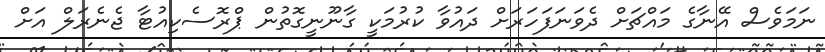
ނަމަވެސް އޭނާގެ މައްޗަށް ދެވަނަފަހަރަށް ދައުވާ ކުރުމަކީ ގާނޫނީގޮތުން ޕްރޮސެކިއުޓާ ޖެނެރަލް އަށް